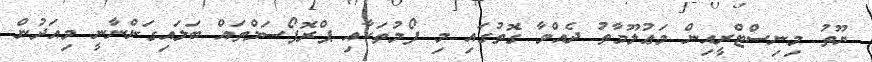
ޔޫތު މިނިސްޓްރީއިން މަޢުލޫމާތު ދެއްވާ ގޮތުގައި މި ފޯމުތަކާއި ޕްރޮޕޯސަލްތައް ބަލައިގަންނާނީ މިއަދުން